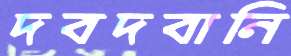
দবদবানি